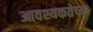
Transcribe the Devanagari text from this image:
आवश्यकतेच्या